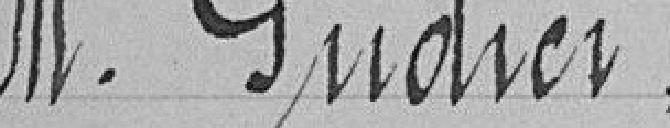
M. Gudici